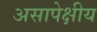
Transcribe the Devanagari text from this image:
असापेक्षीय